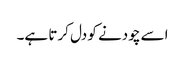
اسے چودنے کو دل کرتا ہے۔